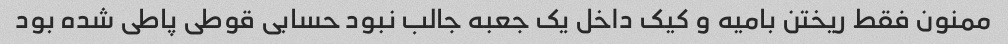
ممنون فقط ریختن بامیه و کیک داخل یک جعبه جالب نبود حسابی قوطی پاطی شده بود